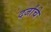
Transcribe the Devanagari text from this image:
दर्जांचे